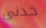
خذني